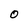
Character: 0